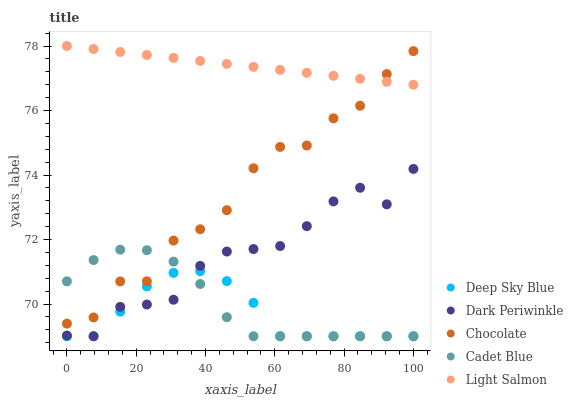
| xaxis_label | Deep Sky Blue | Dark Periwinkle | Chocolate | Cadet Blue | Light Salmon |
 | --- | --- | --- | --- | --- | --- |
 | 0 | 69 | 69 | 69.4 | 70.7 | 78 |
 | 7.69 | 69 | 69 | 69.6 | 71.4 | 77.9 |
 | 15.4 | 69.8 | 69.9 | 70.7 | 71.7 | 77.8 |
 | 23.1 | 70.5 | 70 | 70.7 | 71.7 | 77.7 |
 | 30.8 | 71 | 70.1 | 72 | 71.3 | 77.6 |
 | 38.5 | 71 | 71.2 | 72.3 | 70.6 | 77.5 |
 | 46.2 | 70.7 | 71.6 | 72.9 | 69.6 | 77.4 |
 | 53.8 | 70 | 71.7 | 74.2 | 69 | 77.4 |
 | 61.5 | 69 | 71.8 | 74.9 | 69 | 77.3 |
 | 69.2 | 69 | 72.4 | 74.9 | 69 | 77.2 |
 | 76.9 | 69 | 73.2 | 75.8 | 69 | 77.1 |
 | 84.6 | 69 | 73.6 | 76.1 | 69 | 77 |
 | 92.3 | 69 | 73.1 | 77.1 | 69 | 76.9 |
 | 100 | 69 | 74.2 | 77.8 | 69 | 76.8 |